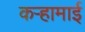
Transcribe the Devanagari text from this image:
कऱ्हामाई